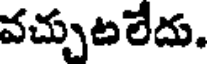
వచ్చుటలేదు.